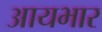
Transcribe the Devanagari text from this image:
आयभार